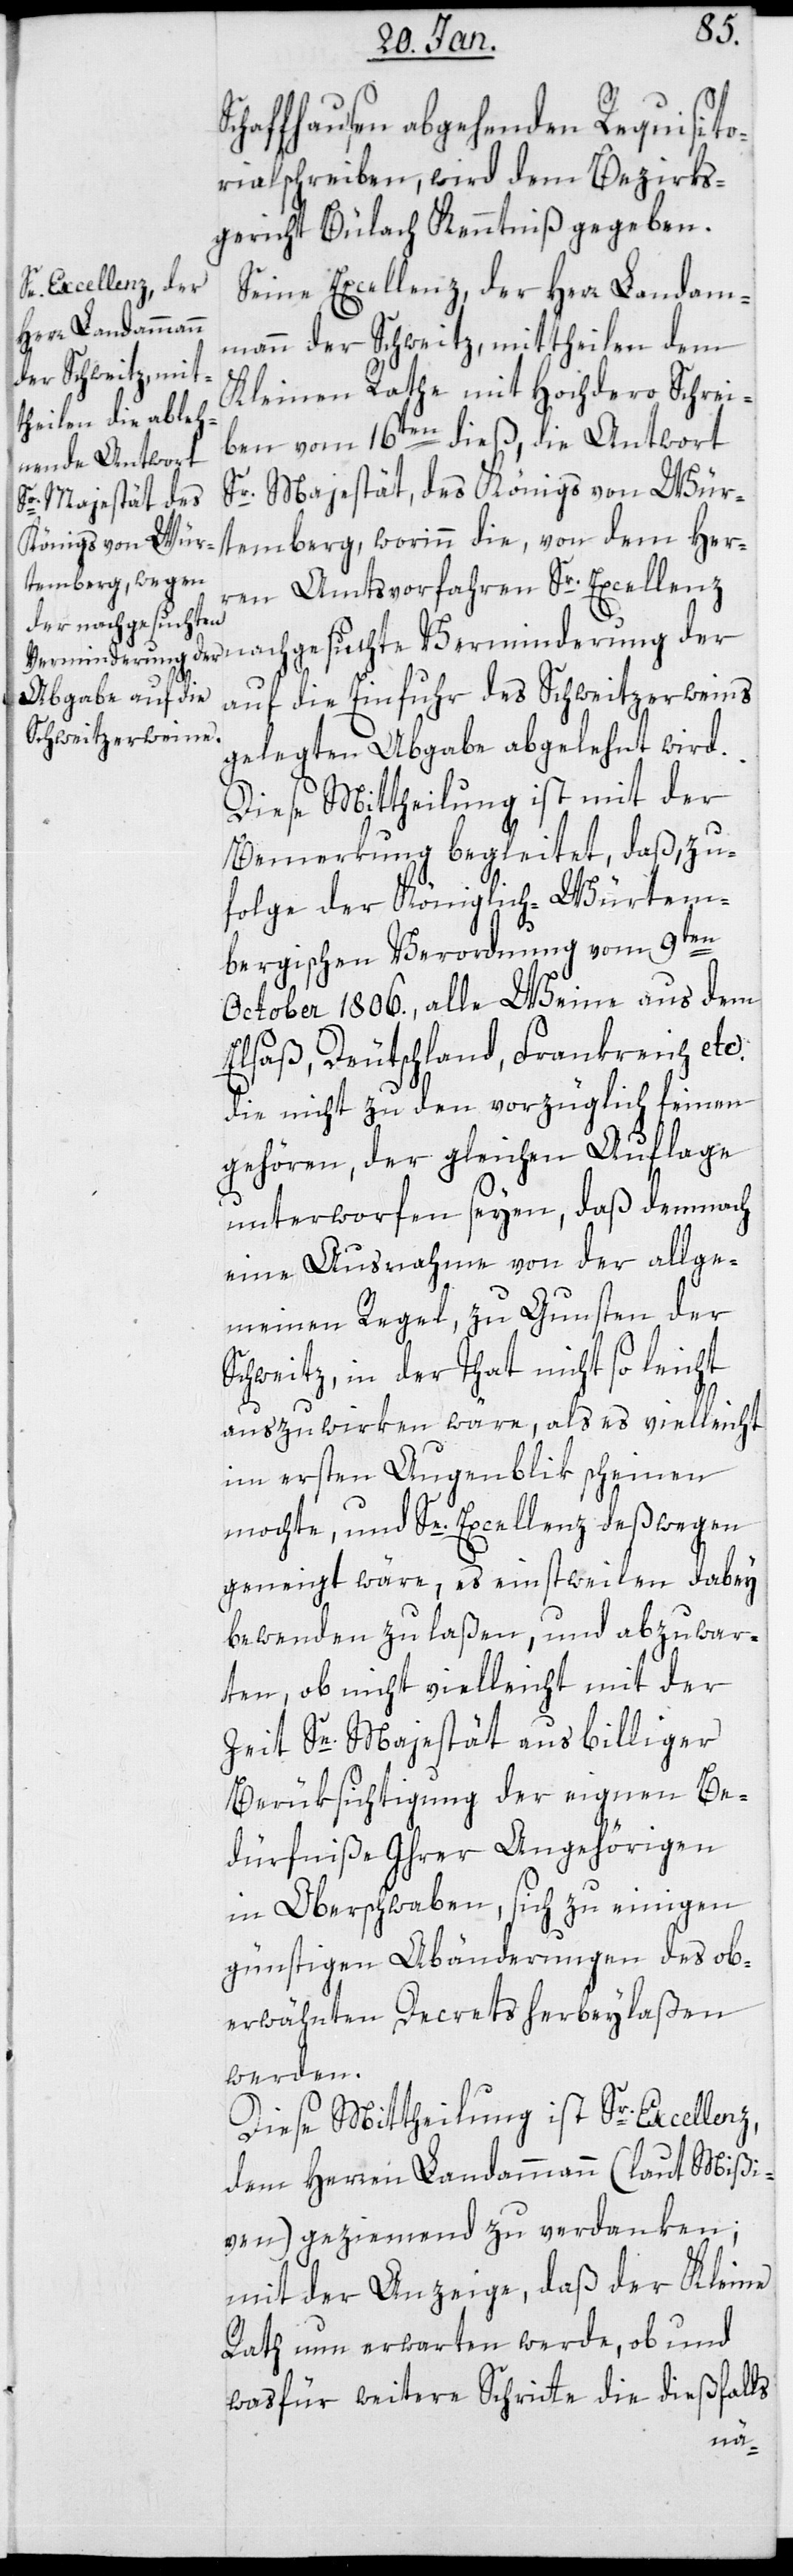
Sr. Majestät des
Königs von Würt¬

S¬
chaffhausen abgehenden Requisito¬
rial-Schreiben, wird dem Bezirks¬
gericht Bülach Kenntniß gegeben.
Se Excellenz der Herr Landam¬
mann der Schweitz mittheilen dem
Kleinen Rathe mit hochdero Schrei¬
ben vom 16ten dieß, die Antwort
temberg, worinn die von dem Her¬
ren Amtsvorfahren Sr. Excellenz
nachgesuchte Verminderung der
auf die Einfuhr des Schweitzerweins
gelegten Abgabe abgelehnt wird.
Diese Mittheilung ist mit der
Bemerkung begleitet, daß, zu¬
folge der Königlich-Württem¬
bergischen Verordnung vom 9ten
October 1806. alle Weine aus dem
Elsaß, Deutschland, Frankreich etc.
die nicht zu den vorzüglich Feinen
gehören, der gleichen Auflage
unterworfen seyen, daß demnach
eine Ausnahme von der allge¬
meinen Regel, zu Gunsten der
Schweitz, in der Tat nicht so leicht
auszuwirken wäre, als es vielleicht
im ersten Augenblik scheinen
möchte, und Se. Excellenz deßwegen
geneigt wäre, es einstweilen dabey
bewenden zu laßen, und abzuwar¬
ten, ob nicht vielleicht mit der
Zeit Se. Majestät aus billiger
Berüksichtigung der eignen Be¬
dürfniße ihrer Angehörigen
in Oberschwaben, sich zu einigen
günstigen Abänderungen des ob¬
erwähnten Decrets herbeylaßen
werden.
Diese Mittheilung ist Sr. Excellenz,
dem Herren Landammann (laut Mißi¬
ven) geziemend zu verdanken;
mit der Anzeige, daß der Kleine
Rath nun erwarten werde, ob und
was für weitere Schritte die dießfalls